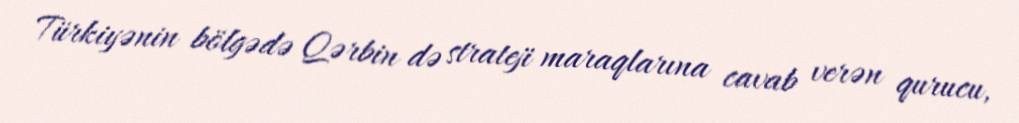
Türkiyənin bölgədə Qərbin də strateji maraqlarına cavab verən qurucu,